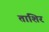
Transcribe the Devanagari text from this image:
ताशिर